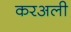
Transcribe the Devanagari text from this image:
करअली